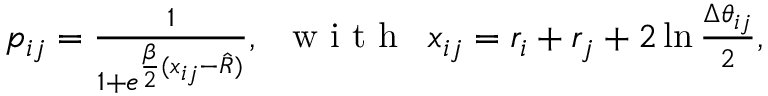
\begin{array} { r } { p _ { i j } = \frac { 1 } { 1 + e ^ { \frac { \beta } { 2 } ( x _ { i j } - \hat { R } ) } } , \, \, \, \mathrm { ~ w ~ i ~ t ~ h ~ } \, \, \, x _ { i j } = r _ { i } + r _ { j } + 2 \ln \frac { \Delta \theta _ { i j } } { 2 } , } \end{array}